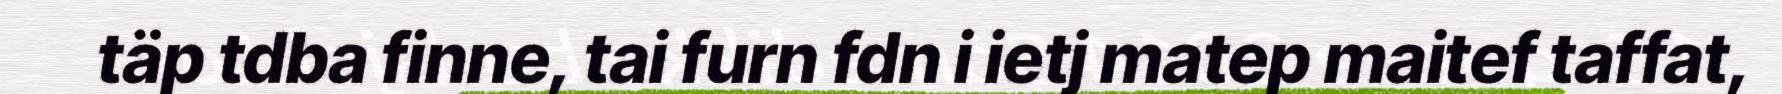
täp tdba finne, tai furn fdn i ietj matep maitef taffat,